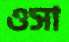
ওসা